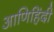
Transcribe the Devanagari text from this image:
आणिहिंदी